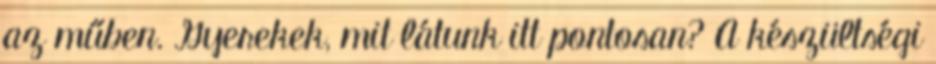
az műben. Gyerekek, mit látunk itt pontosan? A készültségi